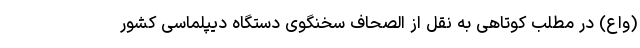
(واع) در مطلب کوتاهی به نقل از الصحاف سخنگوی دستگاه دیپلماسی کشور